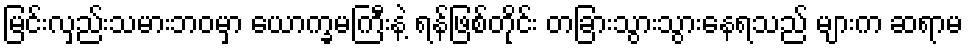
မြင်းလှည်းသမားဘဝမှာ ယောက္ခမကြီးနဲ့ ရန်ဖြစ်တိုင်း တခြားသွားသွားနေရသည် များက ဆရာမ